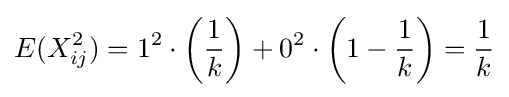
E(X_{ij}^{2})=1^{2}\cdot \left({\frac {1}{k}}\right)+0^{2}\cdot \left(1-{\frac {1}{k}}\right)={\frac {1}{k}}